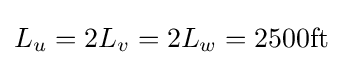
L_{u}=2L_{v}=2L_{w}=2500{\text{ft}}